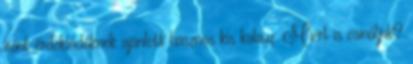
iránt érdeklődőknek ajánlott hasznos kis kalauz. Miért is csináljuk?